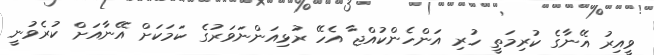
ވީއިރު އޭނާގެ ކުރިމަތީ ހުރި އަންހެންކުއްޖާ އެހޭ ރުޅިއަންނަވަރުގެ ކަމަކަށް އޭނާއަށް ކުރެވުނީ